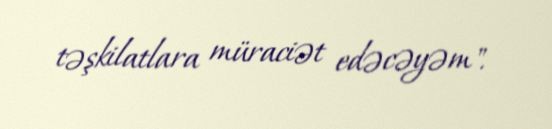
təşkilatlara müraciət edəcəyəm".